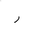
Letter: _ra